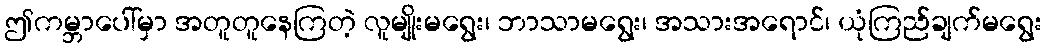
ဤကမ္ဘာပေါ်မှာ အတူတူနေကြတဲ့ လူမျိုးမရွေး၊ ဘာသာမရွေး၊ အသားအရောင်၊ ယုံကြည်ချက်မရွေး